Report of the Indian Hemp Drugs Commission, 1894-1895 - Volume IV
Year: 1894
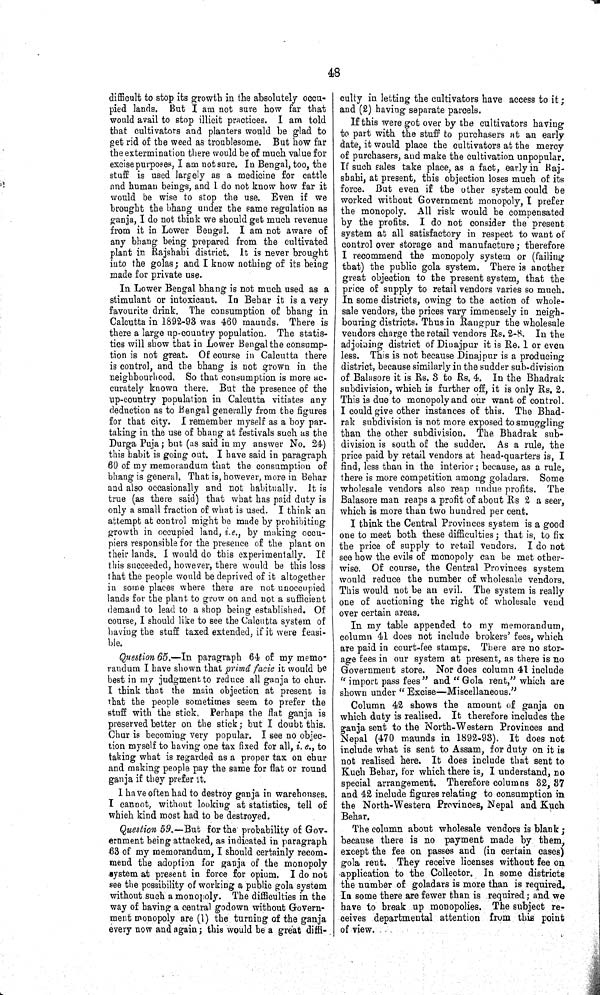
48
difficult to stop its growth in the absolutely occu-
pied lands. But I am not sure how far that
would avail to stop illicit practices. I am told
that cultivators and planters would be glad to
get rid of the weed as troublesome. But how far
the extermination there would be of much value for
excise purposes, I am not sure. In Bengal, too, the
stuff is used largely as a medicine for cattle
and human beings, and I do not know how far it
would be wise to stop the use. Even if we
brought the bhang under the same regulation as
ganja, I do not think we should get much revenue
from it in Lower Bengal. I am not aware of
any bhang being prepared from the cultivated
plant in Rajshahi district. It is never brought
into the golas; and I know nothing of its being
made for private use.
In Lower Bengal bhang is not much used as a
stimulant or intoxicant. In Behar it is a very
favourite drink. The consumption of bhang in
Calcutta in 1892-93 was 460 maunds. There is
there a large up-country population. The statis-
tics will show that in Lower Bengal the consump-
tion is not great. Of course in Calcutta there
is control, and the bhang is not grown in the
neighbourhood. So that consumption is more ac-
curately known there. But the presence of the
up-country population in Calcutta vitiates any
deduction as to Bengal generally from the figures
for that city. I remember myself as a boy par-
taking in the use of bhang at festivals such as the
Durga Puja; but (as said in my answer No. 24)
this habit is going out. I have said in paragraph
60 of my memorandum that the consumption of
bhang is general. That is, however, more in Behar
and also occasionally and not habitually. It is
true (as there said) that what has paid duty is
only a small fraction of what is used. I think an
attempt at control might be made by prohibiting
growth in occupied land, i.e., by making occu-
piers responsible for the presence of the plant on
their lands. I would do this experimentally. If
this succeeded, however, there would be this loss
that the people would be deprived of it altogether
in some places where there are not unoccupied
lands for the plant to grow on and not a sufficient
demand to lead to a shop being established. Of
course, I should like to see the Calcutta system of
having the stuff taxed extended, if it were feasi-
ble.
Question 65.—In paragraph 64 of my memo-
randum I have shown that primâ facie it would be
best in my judgment to reduce all ganja to chur.
I think that the main objection at present is
that the people sometimes seem to prefer the
stuff with the stick. Perhaps the flat ganja is
preserved better on the stick; but I doubt this.
Chur is becoming very popular. I see no objec-
tion myself to having one tax fixed for all, i. e., to
taking what is regarded as a proper tax on chur
and making people pay the same for flat or round
ganja if they prefer it.
I have often had to destroy ganja in warehouses.
I cannot, without looking at statistics, tell of
which kind most had to be destroyed.
Question 59.—But for the probability of Gov-
ernment being attacked, as indicated in paragraph
63 of my memorandum, I should certainly recom-
mend the adoption for ganja of the monopoly
system at present in force for opium. I do not
see the possibility of working a public gola system
without such a monopoly. The difficulties in the
way of having a central godown without Govern-
ment monopoly are (1) the turning of the ganja
every now and again; this would be a great diffi-
culty in letting the cultivators have access to it;
and (2) having separate parcels.
If this were got over by the cultivators having
to part with the stuff to purchasers at an early
date, it would place the cultivators at the mercy
of purchasers, and make the cultivation unpopular.
If such sales take place, as a fact, early in Raj-
shahi, at present, this objection loses much of its
force. But even if the other system could be
worked without Government monopoly, I prefer
the monopoly. All risk would be compensated
by the profits. I do not consider the present
system at all satisfactory in respect to want of
control over storage and manufacture; therefore
I recommend the monopoly system or (failing
that) the public gola system. There is another
great objection to the present system, that the
price of supply to retail vendors varies so much.
In some districts, owing to the action of whole-
sale vendors, the prices vary immensely in neigh-
bouring districts. Thus in Rangpur the wholesale
vendors charge the retail vendors Rs. 2-8. In the
adjoining district of Dinajpur it is Re. 1 or even
less. This is not because Dinajpur is a producing
district, because similarly in the sudder sub-division
of Balasore it is Rs. 3 to Rs. 4. In the Bhadrak
subdivision, which is further off, it is only Rs. 2.
This is due to monopoly and our want of control.
I could give other instances of this. The Bhad-
rak subdivision is not more exposed to smuggling
than the other subdivision. The Bhadrak sub-
division is south of the sudder. As a rule, the
price paid by retail vendors at head-quarters is, I
find, less than in the interior; because, as a rule,
there is more competition among goladars. Some
wholesale vendors also reap undue profits. The
Balasore man reaps a profit of about Rs 2 a seer,
which is more than two hundred per cent.
I think the Central Provinces system is a good
one to meet both these difficulties; that is, to fix
the price of supply to retail vendors. I do not
see how the evils of monopoly can be met other-
wise. Of course, the Central Provinces system
would reduce the number of wholesale vendors.
This would not be an evil. The system is really
one of auctioning the right of wholesale vend
over certain areas.
In my table appended to my memorandum,
column 41 does not include brokers' fees, which
are paid in court-fee stamps. There are no stor-
age fees in our system at present, as there is no
Government store. Nor does column 41 include
"import pass fees" and "Gola rent," which are
shown under "Excise—Miscellaneous."
Column 42 shows the amount of ganja on
which duty is realised. It therefore includes the
ganja sent to the North-Western Provinces and
Nepal (470 maunds in 1892-93). It does not
include what is sent to Assam, for duty on it is
not realised here. It does include that sent to
Kuch Behar, for which there is, I understand, no
special arrangement. Therefore columns 32, 87
and 42 include figures relating to consumption in
the North-Western Provinces, Nepal and Kuch
Behar.
The column about wholesale vendors is blank;
because there is no payment made by them,
except the fee on passes and (in certain cases)
gola rent. They receive licenses without fee on
application to the Collector. In some districts
the number of goladars is more than is required.
In some there are fewer than is required; and we
have to break up monopolies. The subject re-
ceives departmental attention from this point
of view.